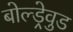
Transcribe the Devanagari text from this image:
बोल्ड्रेवुड